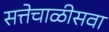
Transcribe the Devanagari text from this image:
सत्तेचाळीसवा